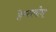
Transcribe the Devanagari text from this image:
हेम्सवोर्थ